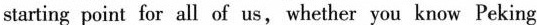
starting point for all of us, whether you know Peking